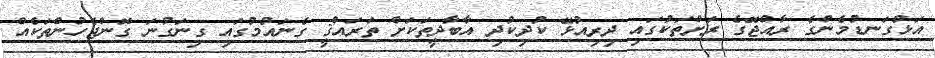
އަޅުގަނޑުމެންގެ ރާއްޖޭގެ ރަށްތަކުގައި ދިރިއުޅޭ ކުދިކުދި އާބާދީތަކަށް ތަރައްޤީ ގެނައުމުގައި ގިނަގުނަ ގޮންޖެހުންތަކެއް